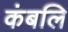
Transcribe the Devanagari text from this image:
कंबलि